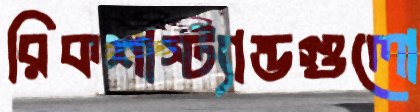
রিকশাস্ট্যান্ডগুলো